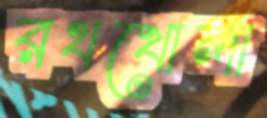
রথখোলা